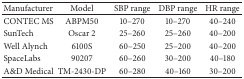
<table><thead><tr><td><b>Manufacturer</b></td><td><b>Model</b></td><td><b>SBP range</b></td><td><b>DBP range</b></td><td><b>HR range</b></td></tr></thead><tbody><tr><td>CONTEC MS</td><td>ABPM50</td><td>10–270</td><td>10–270</td><td>40–240</td></tr><tr><td>SunTech</td><td>Oscar 2</td><td>25–260</td><td>25–260</td><td>40–200</td></tr><tr><td>Well Alynch</td><td>6100S</td><td>60–250</td><td>25–200</td><td>40–200</td></tr><tr><td>SpaceLabs</td><td>90207</td><td>60–260</td><td>30–200</td><td>40–180</td></tr><tr><td>A&amp;D Medical</td><td>TM-2430-DP</td><td>60–280</td><td>40–160</td><td>30–200</td></tr></tbody></table>